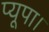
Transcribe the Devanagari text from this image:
प्यूपा।